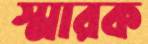
স্মারক